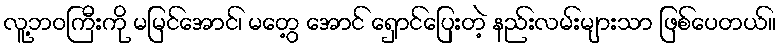
လူ့ဘဝကြီးကို မမြင်အောင်၊ မတွေ့ အောင် ရှောင်ပြေးတဲ့ နည်းလမ်းများသာ ဖြစ်ပေတယ်။